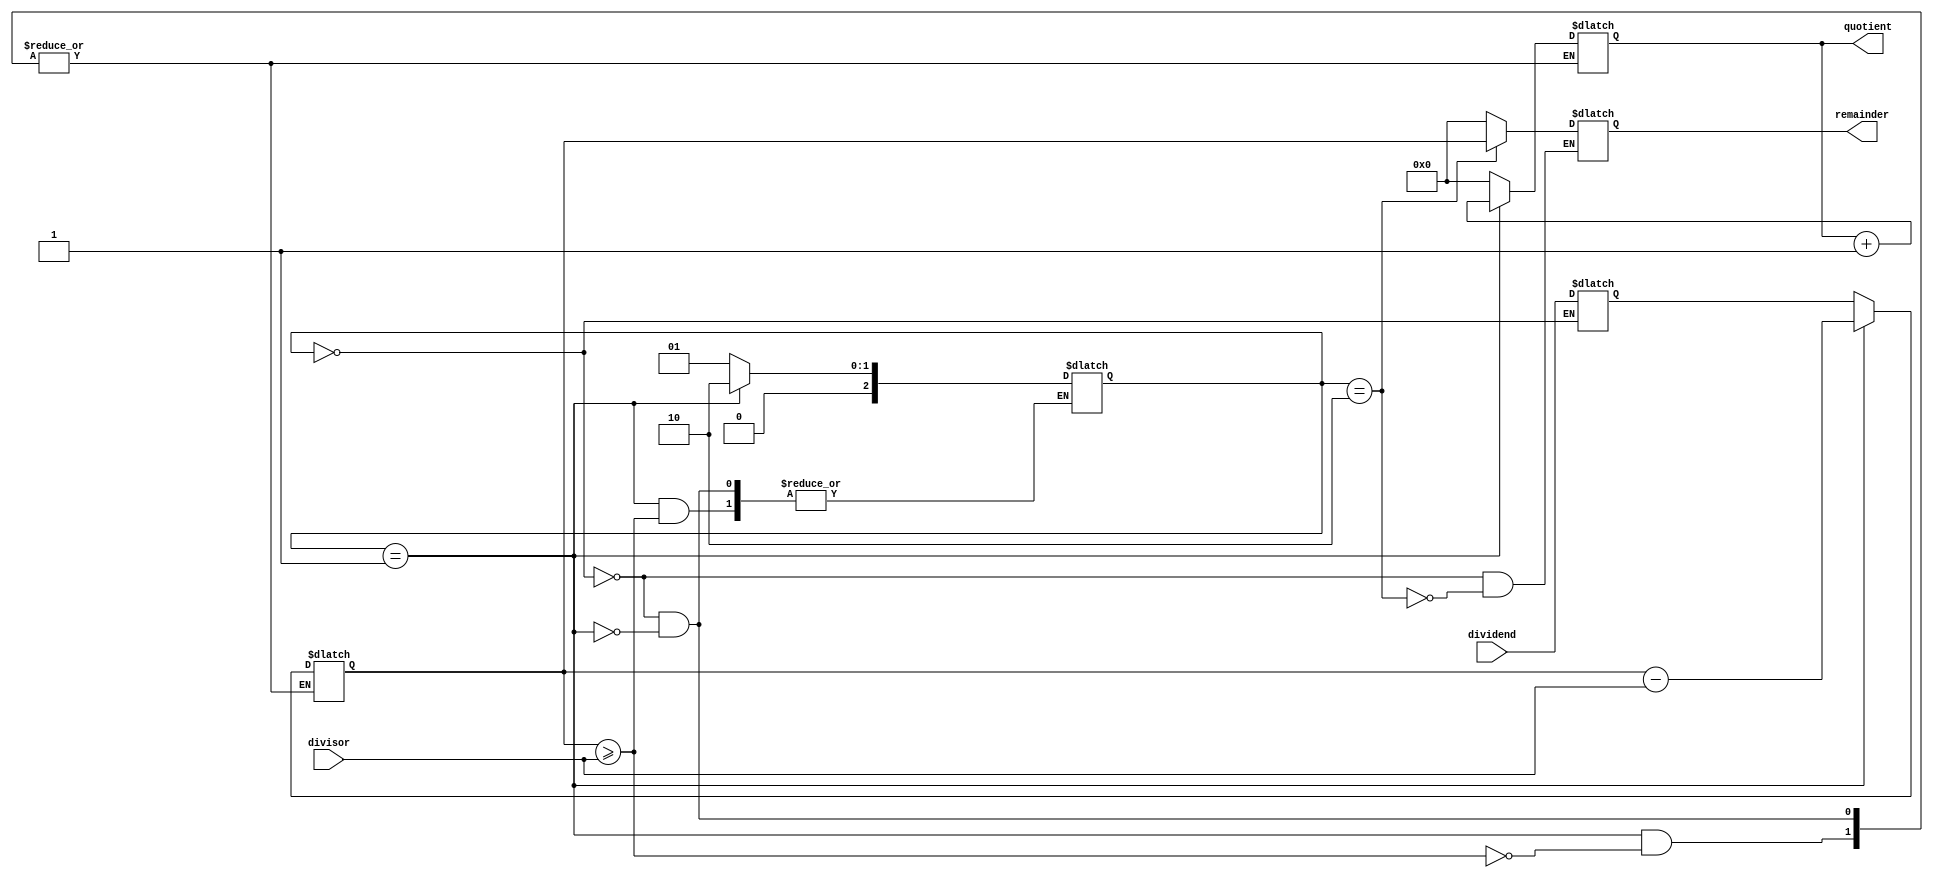
module AsynchronousDivider (
    input [7:0] dividend,
    input [7:0] divisor,
    output reg [7:0] quotient,
    output reg [7:0] remainder
);

reg [7:0] temp_dividend;
reg [7:0] temp_remainder;
reg [2:0] state;

always @ (dividend or divisor) begin
    case (state)
        0: begin
            temp_dividend <= dividend;
            temp_remainder <= temp_dividend;
            quotient <= 0;
            remainder <= 0;
            state <= 1;
        end
        1: begin
            if (temp_remainder >= divisor) begin
                temp_remainder <= temp_remainder - divisor;
                quotient <= quotient + 1;
            end else begin
                state <= 2;
            end
        end
        2: begin
            remainder <= temp_remainder;
        end
    endcase
end

endmodule